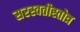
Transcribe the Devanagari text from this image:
सरस्वतीस्तोत्र